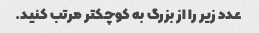
عدد زیر را از بزرگ به کوچکتر مرتب کنید.